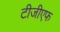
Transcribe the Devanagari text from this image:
टीजीएफ